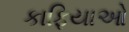
કાફિયાઓ